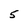
Character: 5